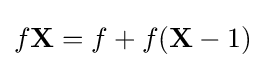
f{\bf {X}}=f+{f({\bf {X}}-1)}